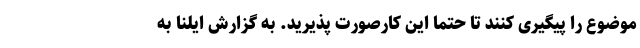
موضوع را پیگیری کنند تا حتما این کارصورت پذیرید. به گزارش ایلنا به